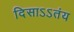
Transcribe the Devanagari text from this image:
दिसाऽऽतंय